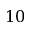
1 0